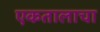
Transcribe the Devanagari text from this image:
एकतालाचा